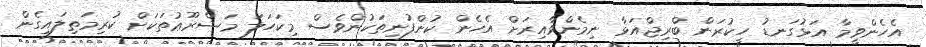
އެހެންވީމާ އަޅުގަނޑު ހީކުރަން ބްރިޖްއަޅާ ނިމެންވާއިރަށް އެހެން ކުންފުނިތަކުންވެސް މިކަހަލަ މަޝްރޫޢުތަކަށް ކުރިމަތިލައިގެން